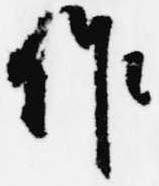
作